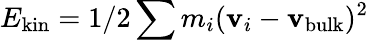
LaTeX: E_{\mathrm{kin}}=1/2\sum m_{i}({\mathbf v}_{i}-{\mathbf v_{\mathrm{bulk}}})^{2}